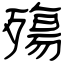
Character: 殤